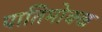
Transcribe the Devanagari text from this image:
पातिमोक्ख